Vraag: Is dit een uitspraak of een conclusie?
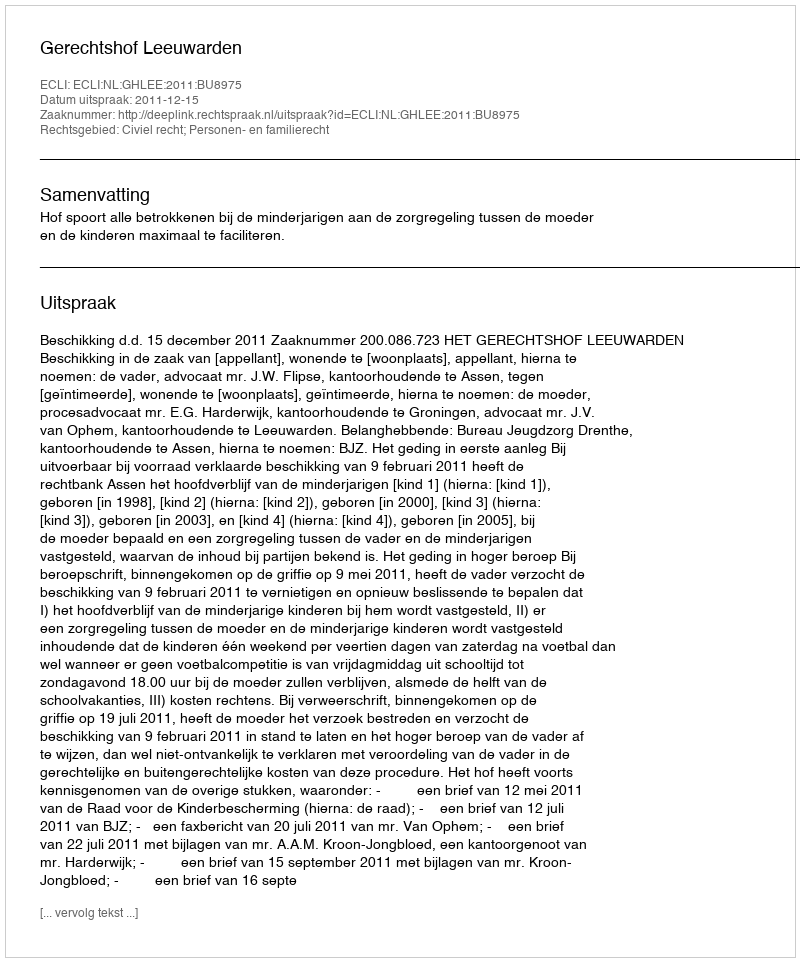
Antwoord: Uitspraak